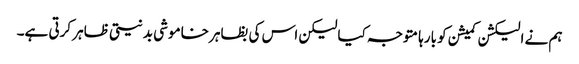
ہم نے الیکشن کمیشن کو بارہا متوجہ کیا لیکن اس کی بظاہر خاموشی بدنیتی ظاہر کرتی ہے۔